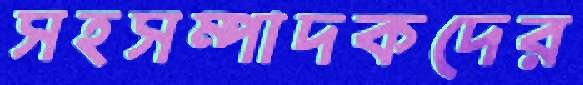
সহসম্পাদকদের